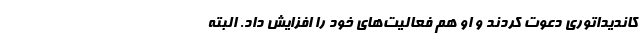
کاندیداتوری دعوت کردند و او هم فعالیت‌های خود را افزایش داد. البته